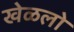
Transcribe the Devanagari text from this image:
खेळलो